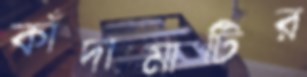
কাঁদামাটির